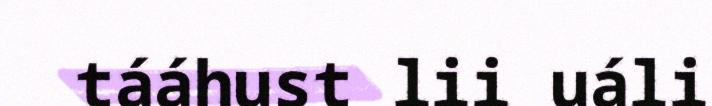
tááhust lii uáli